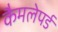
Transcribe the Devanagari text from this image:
कैमलेपर्ड